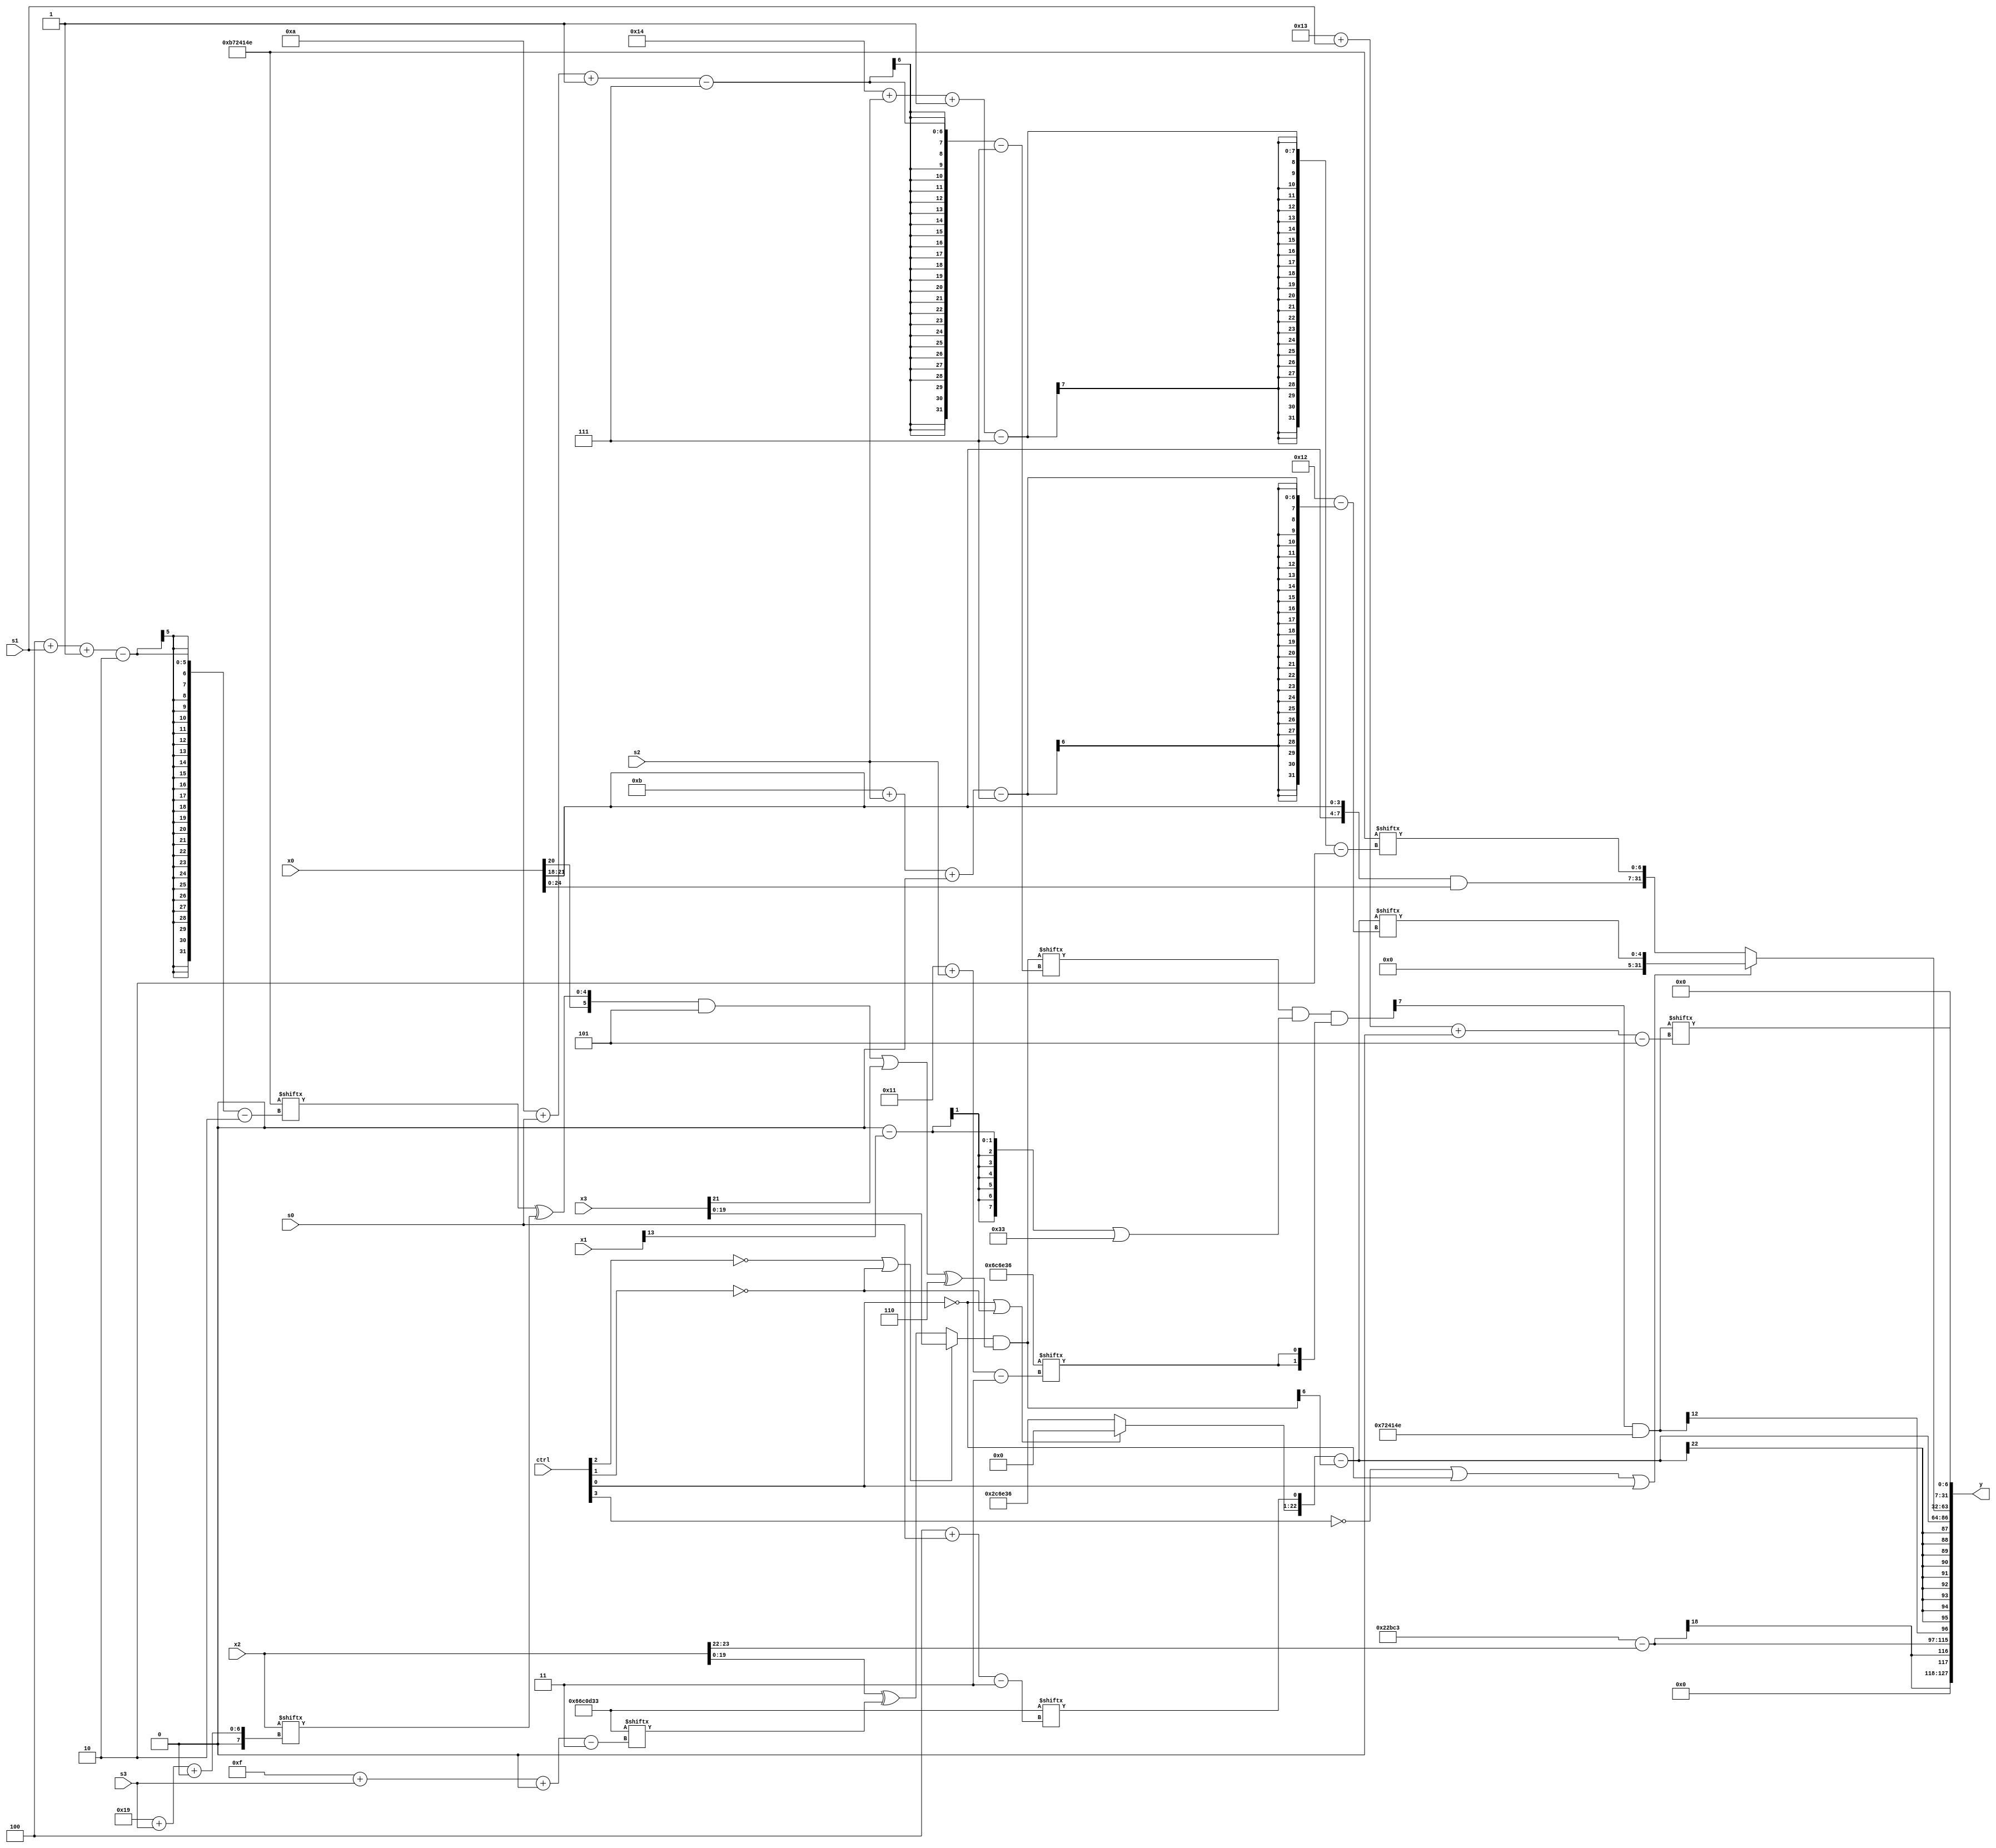
module partsel_00246(ctrl, s0, s1, s2, s3, x0, x1, x2, x3, y);
  input [3:0] ctrl;
  input [2:0] s0;
  input [2:0] s1;
  input [2:0] s2;
  input [2:0] s3;
  input [31:0] x0;
  input [31:0] x1;
  input signed [31:0] x2;
  input signed [31:0] x3;
  wire [26:7] x4;
  wire [29:3] x5;
  wire signed [27:5] x6;
  wire [0:30] x7;
  wire [27:3] x8;
  wire signed [2:27] x9;
  wire [1:24] x10;
  wire [7:30] x11;
  wire signed [5:27] x12;
  wire signed [7:29] x13;
  wire signed [6:28] x14;
  wire [31:6] x15;
  output [127:0] y;
  wire [31:0] y0;
  wire signed [31:0] y1;
  wire signed [31:0] y2;
  wire [31:0] y3;
  assign y = {y0,y1,y2,y3};
  localparam signed [7:27] p0 = 486681494;
  localparam signed [25:3] p1 = 778858038;
  localparam [30:3] p2 = 376180019;
  localparam [30:2] p3 = 192037198;
  assign x4 = ((!ctrl[2] && !ctrl[2] || !ctrl[1] ? x3 : ({2{x2}} ^ p2[15 + s3 +: 5])) & ((({x0[20 -: 1], (p3[4 + s1 -: 2] ^ x2[25 + s3 +: 5])} & {p3[15 +: 4], p0[19]}) | x3[21]) ^ p2[14 -: 3]));
  assign x5 = {2{((x4[10 + s0 -: 7] & ((p1[10] - x1[13]) | {x0[10 +: 2], p2})) & {2{p1[17 + s2]}})}};
  assign x6 = (x5[10 +: 1] & p3);
  assign x7 = ({x1, x3} | p0);
  assign x8 = x6[10 + s2 +: 7];
  assign x9 = (!ctrl[0] || !ctrl[1] && !ctrl[2] ? x7 : {p3[17 + s2], (({p3[2 + s2 -: 5], p0[4 + s1]} | x2) - p2)});
  assign x10 = p1;
  assign x11 = (!ctrl[0] && !ctrl[0] || !ctrl[1] ? x8[14] : (x10 | p3[15 -: 2]));
  assign x12 = ({x11, p2[4 + s0]} - x4[13]);
  assign x13 = x12;
  assign x14 = (!ctrl[1] || ctrl[2] && !ctrl[1] ? ({2{x0}} & p2[12]) : {(ctrl[2] && !ctrl[1] || !ctrl[2] ? (x6[13 -: 1] + (p0 & x6[19 +: 1])) : (!ctrl[0] && ctrl[0] && ctrl[3] ? x5[22 -: 1] : p2[8 + s2 +: 8])), x6[14 + s2 +: 4]});
  assign x15 = x7[17 + s2 +: 4];
  assign y0 = {(({2{p0[18 -: 3]}} + p0) - x2[23 -: 2]), x6[17]};
  assign y1 = x12;
  assign y2 = (!ctrl[3] || !ctrl[0] || ctrl[0] ? x13[11 + s2 +: 5] : {2{{({2{x0[18 +: 4]}} & {(p1[11 +: 2] & x15), x0}), p3[20 + s2 -: 7]}}});
  assign y3 = x6[19 + s1 +: 7];
endmodule